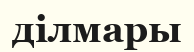
ділмары